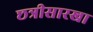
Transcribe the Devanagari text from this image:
छत्रीसारखा